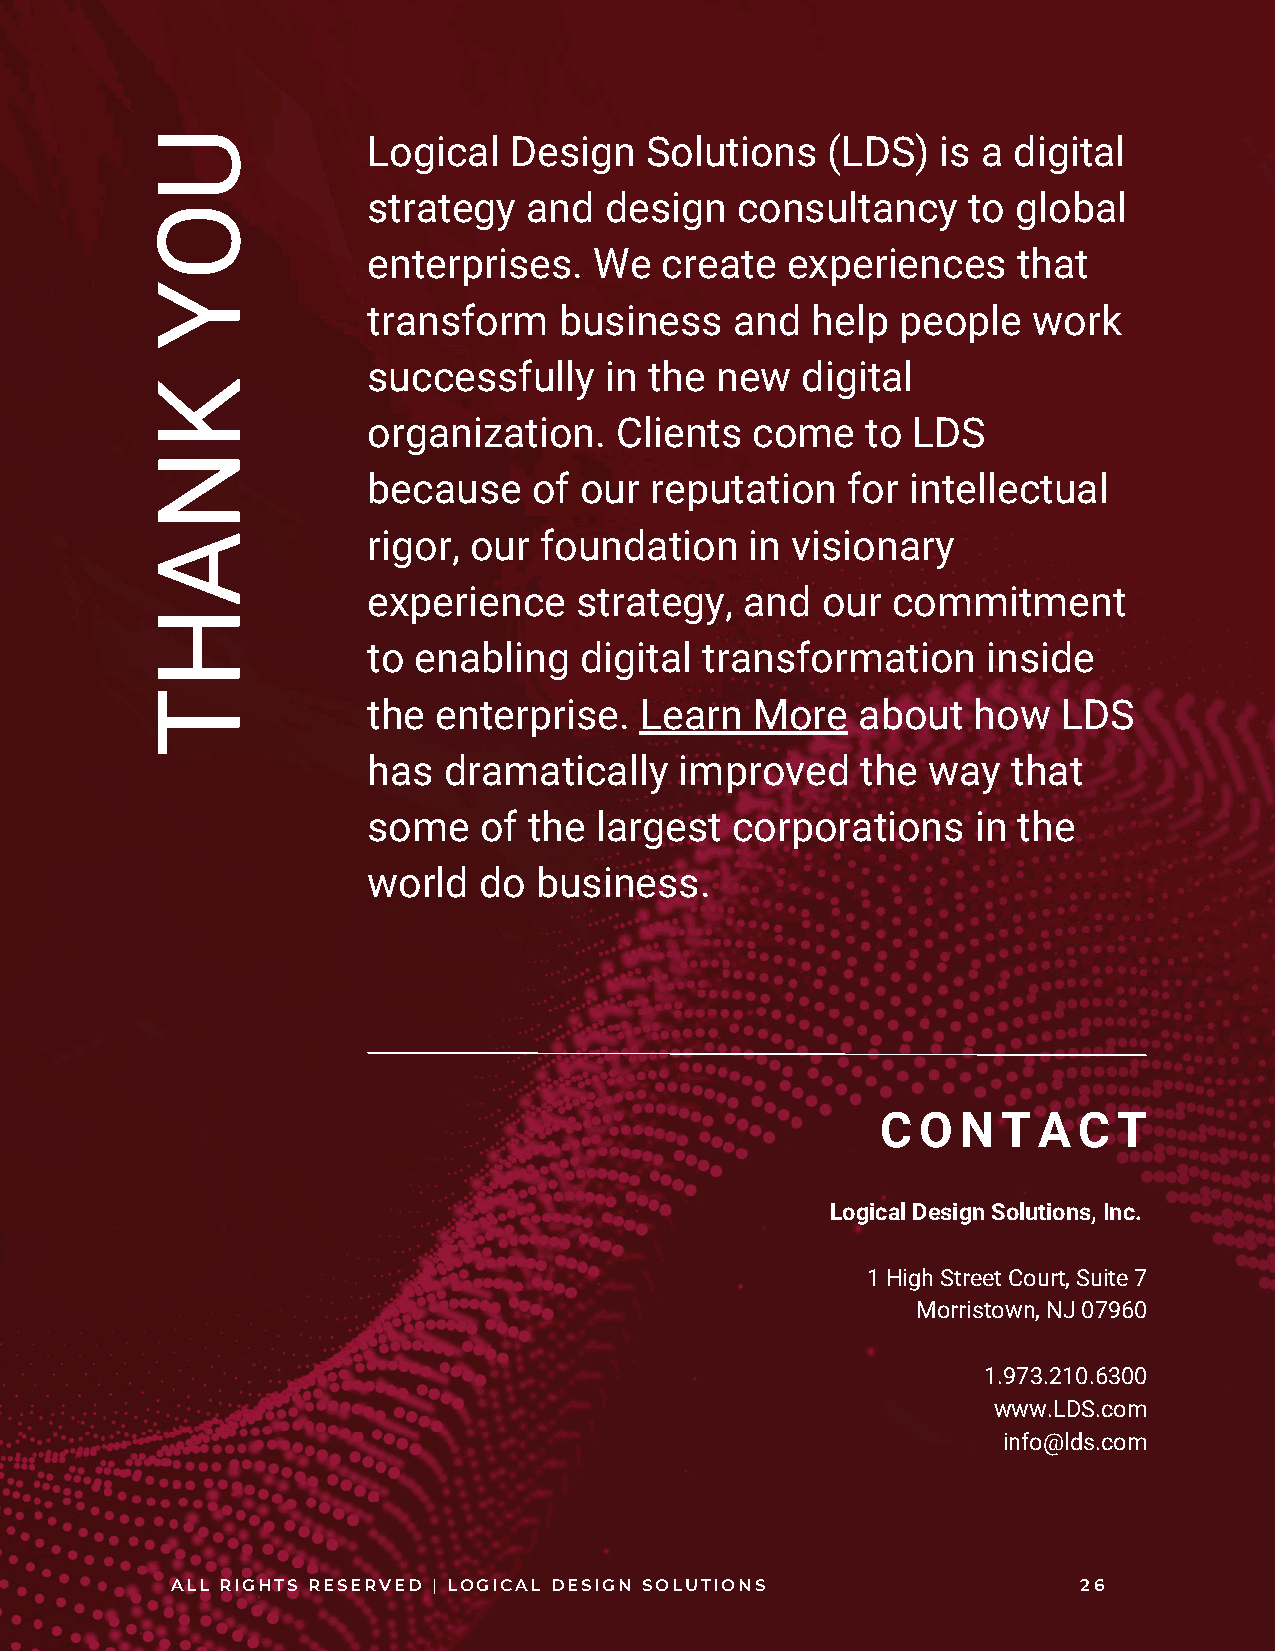
U
 Logical   Design   Solutions   (LDS)  is a digital
 strategy   and  design   consultancy    to global
 O
 enterprises.   We   create  experiences    that
 Y
 transform    business    and  help  people  work
 successfully    in the new   digital
 K
 organization.    Clients  come   to LDS
 N
 because    of our  reputation   for intellectual
 A             rigor, our  foundation    in visionary
 experience    strategy,  and  our  commitment
 H
 to enabling   digital  transformation    inside
 T
 the  enterprise.  Learn   More   about  how   LDS
 has  dramatically    improved    the way   that
 some    of the largest  corporations     in the
 world   do business.
 C  O  N T  A C  T
 Logical Design Solutions, Inc.
 1 High Street Court, Suite 7
 Morristown, NJ 07960
 1.973.210.6300
 www.LDS.com
 info@lds.com
 ALL RIGHTS RESERVED | LOGICAL DESIGN SOLUTIONS               26